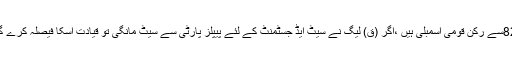
انہوں نے ایک سوال کے جواب میں بتایا کہ صاحبزادہ فضل کریم این اے 82سے رکن قومی اسمبلی ہیں ،اگر (ق) لیگ نے سیٹ ایڈ جسٹمنٹ کے لئے پیپلز پارٹی سے سیٹ مانگی تو قیادت اسکا فیصلہ کرے گی جبکہ اگر پی پی 70سے ٹکٹ مانگی گئی تو اس بارے سوچا جائے گا ۔